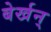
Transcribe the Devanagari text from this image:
बेर्खन्